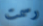
رسمت